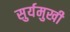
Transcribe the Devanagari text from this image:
सुर्यमुखी